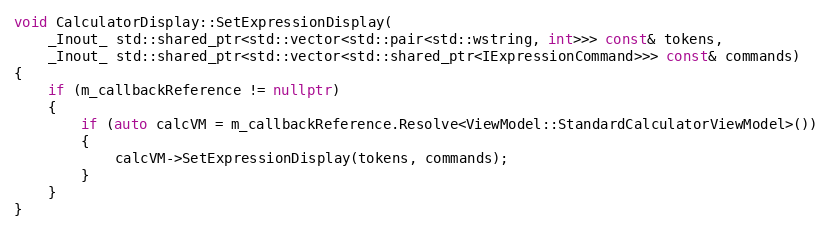
Language: C++
void CalculatorDisplay::SetExpressionDisplay(
    _Inout_ std::shared_ptr<std::vector<std::pair<std::wstring, int>>> const& tokens,
    _Inout_ std::shared_ptr<std::vector<std::shared_ptr<IExpressionCommand>>> const& commands)
{
    if (m_callbackReference != nullptr)
    {
        if (auto calcVM = m_callbackReference.Resolve<ViewModel::StandardCalculatorViewModel>())
        {
            calcVM->SetExpressionDisplay(tokens, commands);
        }
    }
}